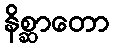
နိစ္ဆာတော